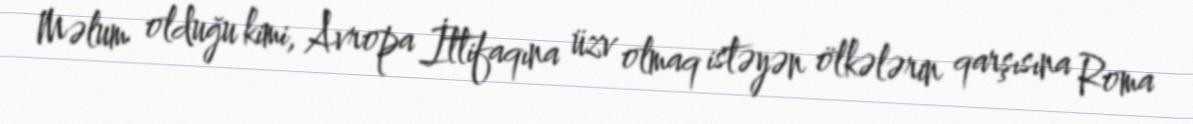
Məlum olduğu kimi, Avropa İttifaqına üzv olmaq istəyən ölkələrin qarşısına Roma